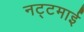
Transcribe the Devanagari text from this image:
नट्टमाई